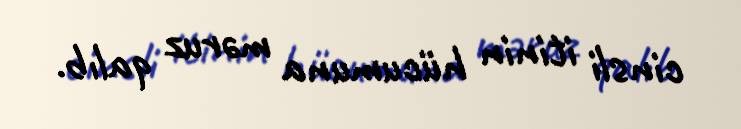
cinsli itinin hücumuna məruz qalıb.